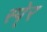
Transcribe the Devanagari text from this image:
स्पे्र